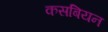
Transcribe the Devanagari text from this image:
कसबियन